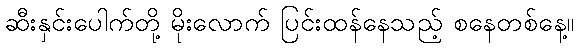
ဆီးနှင်းပေါက်တို့ မိုးလောက် ပြင်းထန်နေသည့် စနေတစ်နေ့။